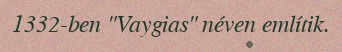
1332-ben "Vaygias" néven említik.